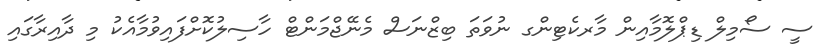
ސީ ސޯމިލް ޑިޕްލޮމާއިން މާރކެޓިންގ ނުވަތަ ބިޒްނަސް މެނޭޖްމަންޓް ހާސިލުކޮށްފައިވުމާއެކު މި ދާއިރާގައި